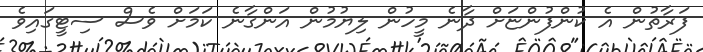
ފަރާތުން އެ ކުންފުންޏަށް ދާނެ މީހުން ލިޔުމުން އަންގާނެ ކަމަށް ވެސް ސިޓީގައިވެ